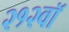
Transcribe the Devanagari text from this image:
२१२वॉ